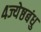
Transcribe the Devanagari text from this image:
४ज्येष्ठबंधु